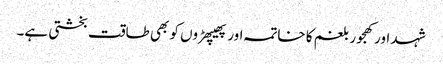
شہد اور کھجور بلغم کا خاتمہ اور پھیپھڑوں کو بھی طاقت بخشتی ہے۔